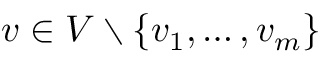
v \in V \setminus \{ v _ { 1 } , \dots , v _ { m } \}